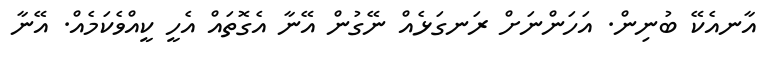
އާނއެކޭ ބުނިން. އަހަންނަށް ރަނގަޅެއް ނޭގުން އޭނާ އެގޮތައް އެހީ ކީއްވެކަމެއް. އޭނާ